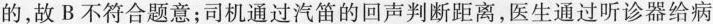
的，故B不符合题意；司机通过汽笛的回声判断距离，医生通过听诊器给病